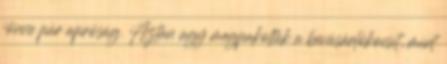
jönne pár apróság. Aztán úgy megpakolták a bevásárlókocsit, mint